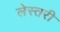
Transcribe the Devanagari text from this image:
लेस्तरी